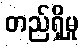
တည်ရှိမှု